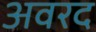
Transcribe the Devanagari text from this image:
अवरद